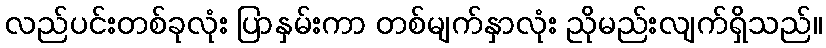
လည်ပင်းတစ်ခုလုံး ပြာနှမ်းကာ တစ်မျက်နှာလုံး ညိုမည်းလျက်ရှိသည်။